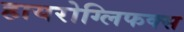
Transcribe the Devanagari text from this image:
हायरोग्लिफक्स